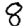
Digit: 8